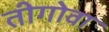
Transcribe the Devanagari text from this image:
तीगोवा